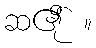
ဆ၏ို ။